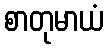
စာတုမာယံ